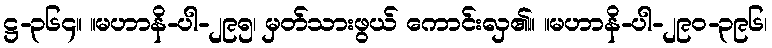
ဋ္ဌ-၃၆၄။ ။မဟာနိ-ပါ-၂၉၅၊ မှတ်သားဖွယ် ကောင်းလှ၏။ ။မဟာနိ-ပါ-၂၉၀-၃၉၆၊